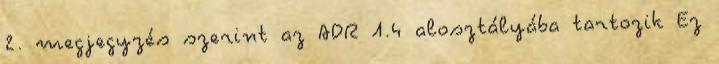
2. megjegyzés szerint az ADR 1.4 alosztályába tartozik Ez